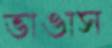
ভাঙাস